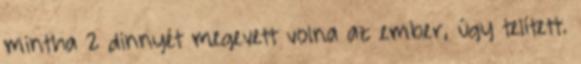
mintha 2 dinnyét megevett volna az ember, úgy telített.